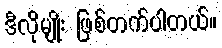
ဒီလိုမျိုး ဖြစ်တက်ပါတယ်။